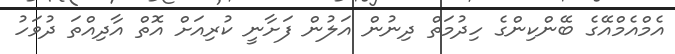
އެމްއެމްއޭގެ ބޭންކިންގެ ހިދުމަތް ދިނުން އަލުން ފަށާނީ ކުރިއަށް އޮތް އާދިއްތަ ދުވަހު